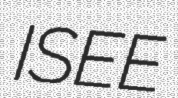
ISEE